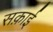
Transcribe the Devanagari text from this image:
सक़ाई